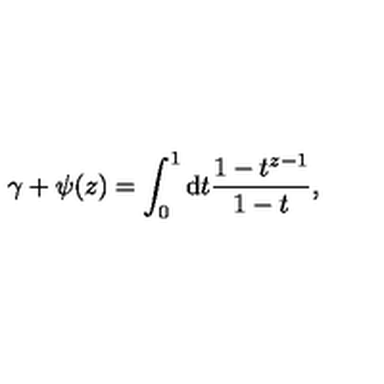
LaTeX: \gamma + \psi ( z ) = \int _ { 0 } ^ { 1 } \mathrm { d } t \frac { 1 - t ^ { z - 1 } } { 1 - t } ,